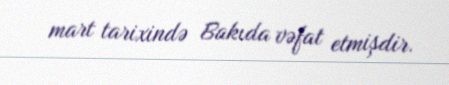
mart tarixində Bakıda vəfat etmişdir.